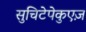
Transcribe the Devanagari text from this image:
सुचिटेपेकुएज़